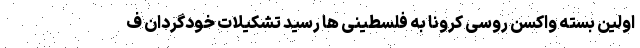
اولین بسته واکسن روسی کرونا به فلسطینی ها رسید تشکیلات خودگردان ف